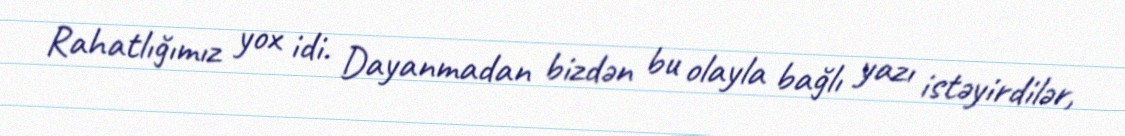
Rahatlığımız yox idi. Dayanmadan bizdən bu olayla bağlı yazı istəyirdilər,